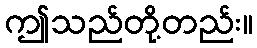
ဤသည်တို့တည်း။